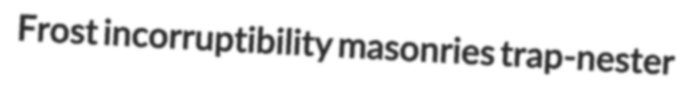
Frost incorruptibility masonries trap-nester